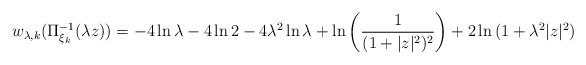
LaTeX: \begin{align*}w_{\lambda,k}(\Pi^{-1}_{\xi_k}(\lambda z))=-4\ln{\lambda}-4\ln{2}-4\lambda^2 \ln{\lambda}+\ln{\left(\frac{1}{(1+|z|^2)^2}\right)} + 2\ln{(1+\lambda^2|z|^2)}\end{align*}